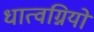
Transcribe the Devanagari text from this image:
धात्वग्नियों